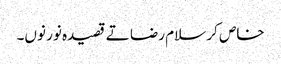
خاص کر سلام رضا تے قصیدہ نور نو‏ں۔